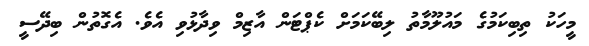
މީހަކު ތިބިކަމުގެ މައުލޫމާތު ލިބޭކަމަށް ކެޕްޓަން އާޒިމް ވިދާޅުވި އެވެ. އެގޮތުން ބިދޭސީ